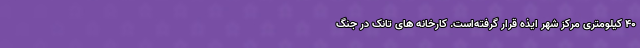
۴۰ کیلومتری مرکز شهر ایذه قرار گرفته‌است. کارخانه های تانک در جنگ